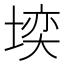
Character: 𪣼